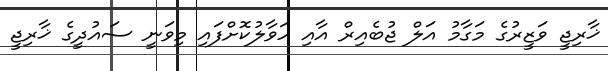
ޚާރިޖީ ވަޒީރުގެ މަގާމު އަލް ޖުބެއިރް އާއި ހަވާލުކޮށްފައި މިވަނީ ސައުދީގެ ޚާރިޖީ